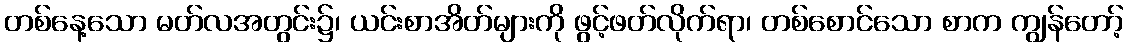
တစ်နေ့သော မတ်လအတွင်း၌၊ ယင်းစာအိတ်များကို ဖွင့်ဖတ်လိုက်ရာ၊ တစ်စောင်သော စာက ကျွန်တော့်